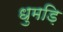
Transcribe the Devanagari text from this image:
धुमड़ि